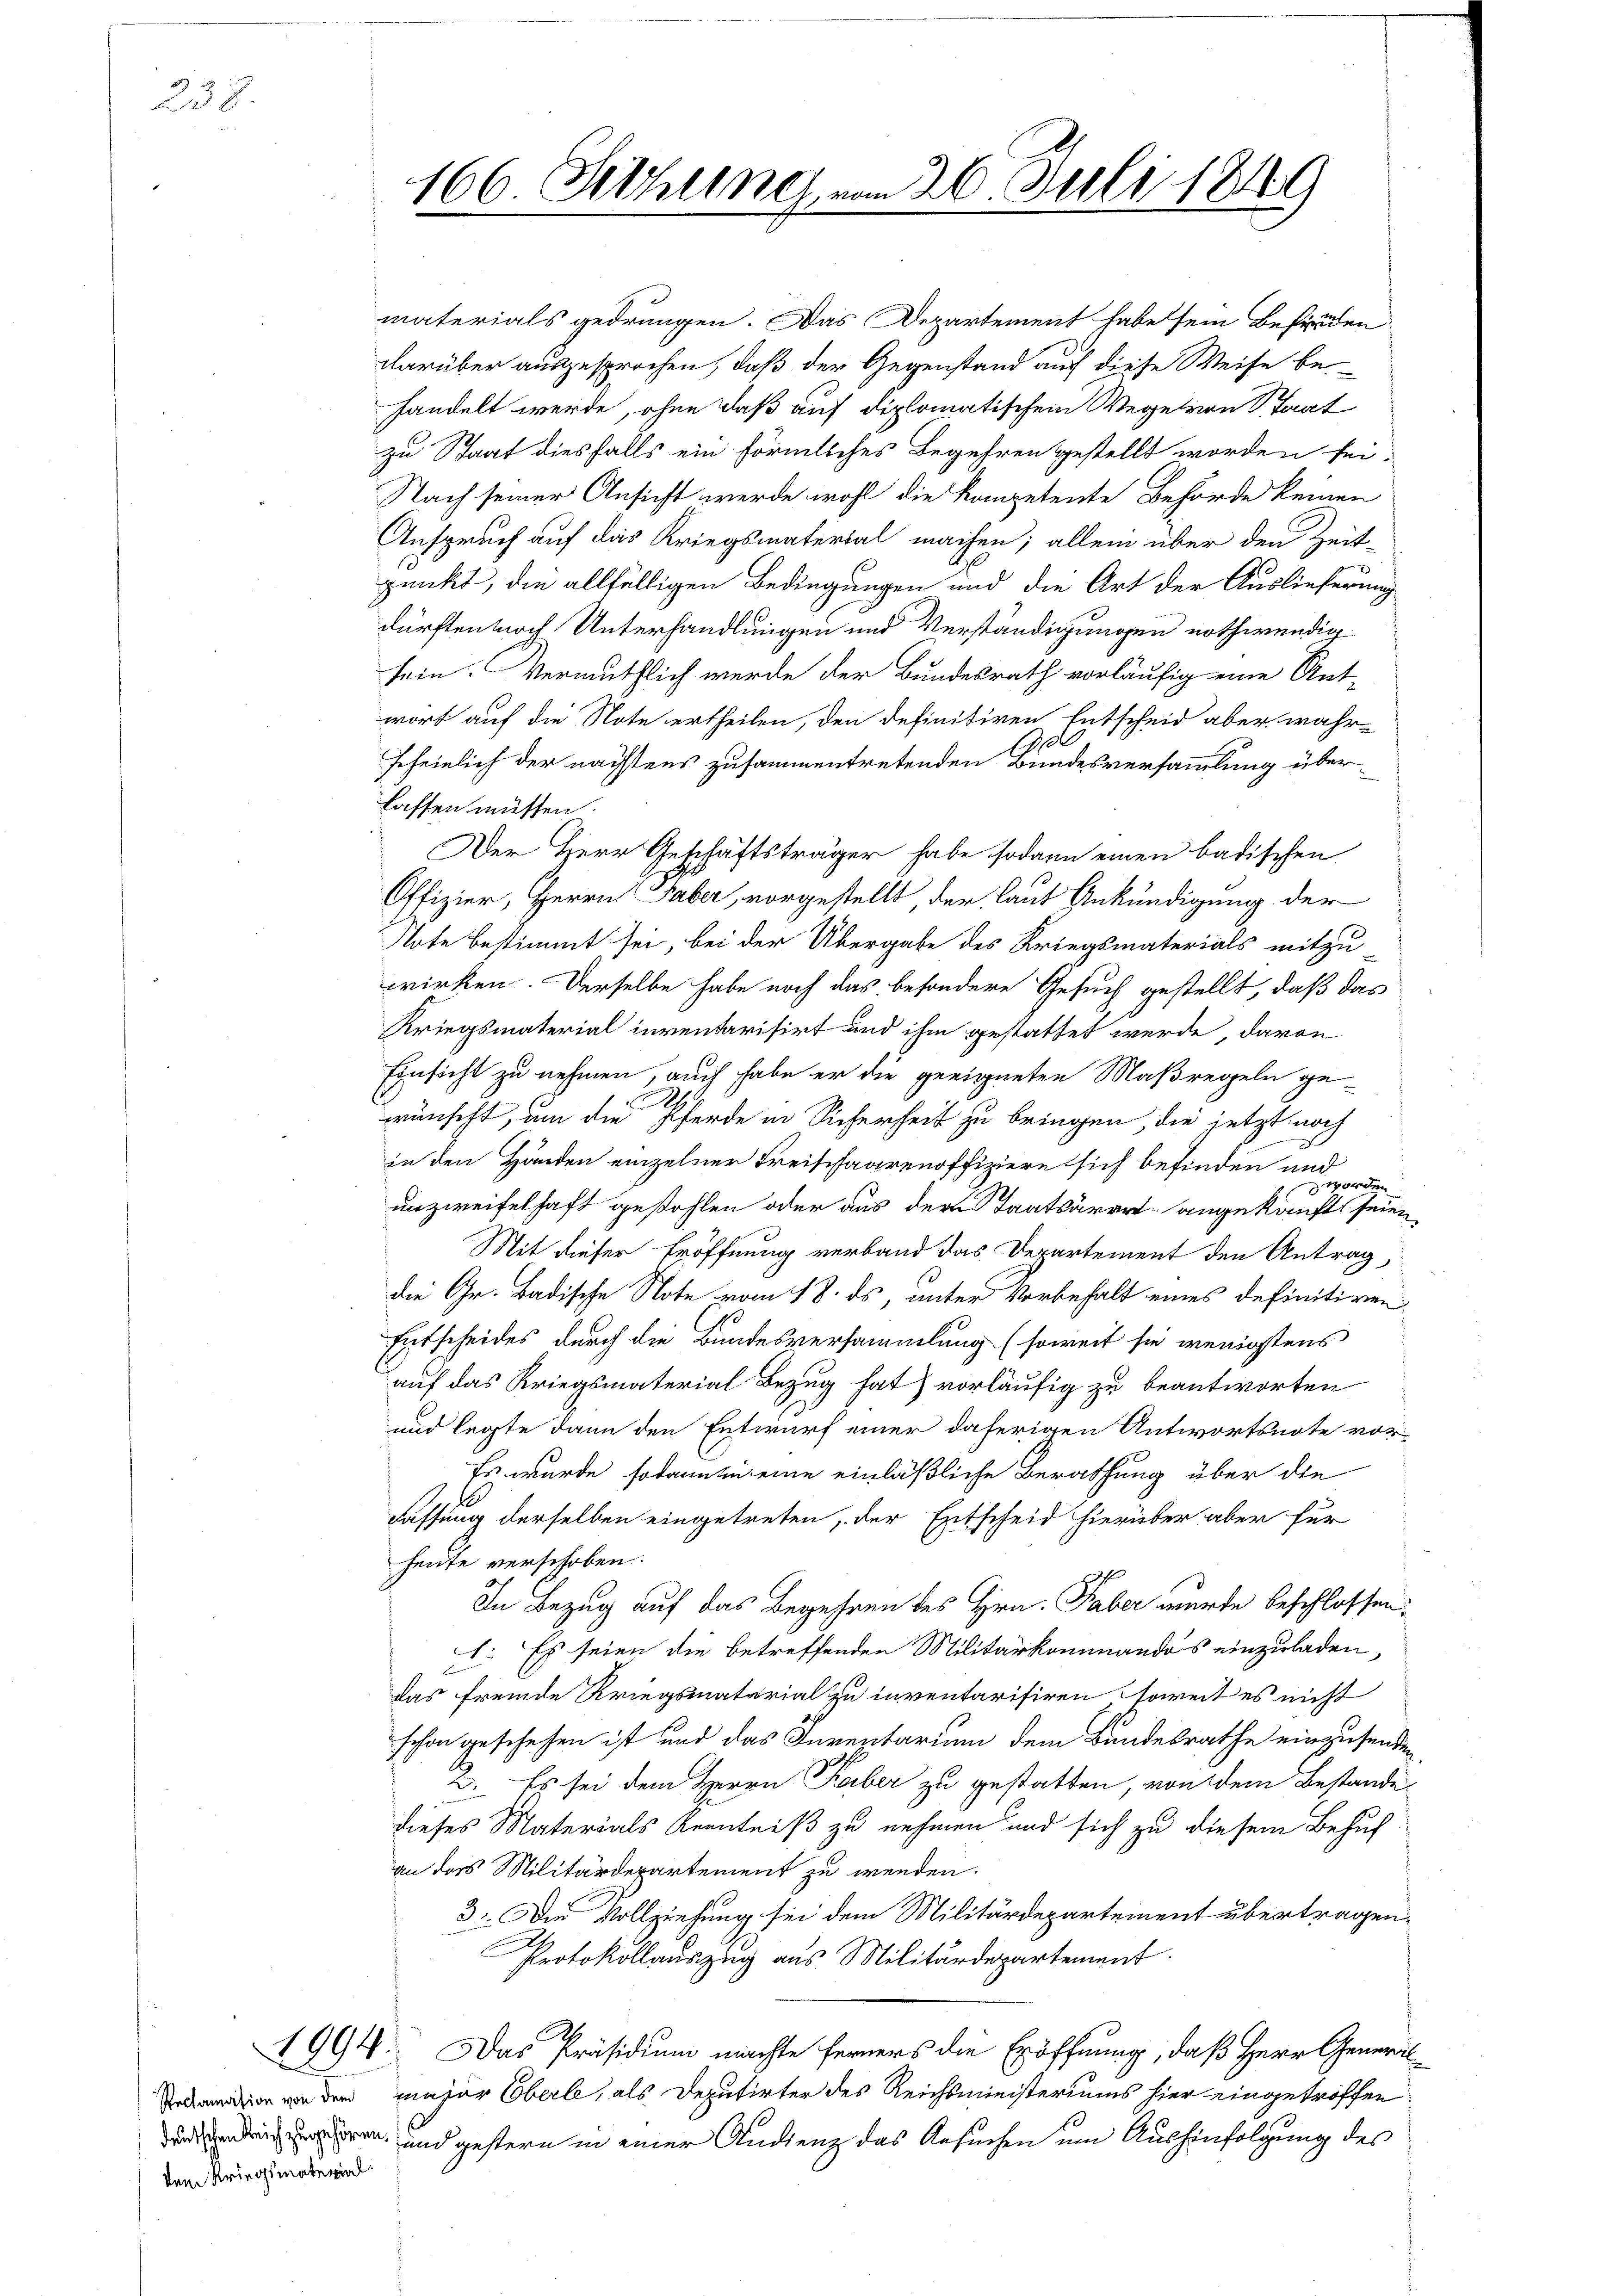
238.

Vom Kriegsmaterial

166. Setzung, in

materials gedrungen. Das Departement habe sein Befriden
darüber ausgesprochen, daß der Gegenstand auf diese Weise behandelt werde, ohne daß auf diplomatischem Wege von Staat
zu Staat diesfalls ein förmliches Begehren gestellt worden sei.
Nach seiner Ansicht werde wohl die Kompetente Behörde keinen
Anspruch auf das Kriegsmaterial machen; allein über den Zeit-
punkt, die allfälligen Bedingungen und die Art der Auslieferung
dürften noch Unterhandlungen und Verständigungen nothwendig
sein. Vermuthlich werde der Bundesrath vorläufig eine Ant-
wort auf die Note ertheilen, den definitiven Entscheid aber wahr-
1
scheinlich der nächstens zusammentretenden Bundesversammlung überlassen müssen.
Der Herr Geschäftsträger habe sodann einen badischen
Offizier, Herrn Faber, vorgestellt, der laut Ankündigung der
Note bestimmt sei, bei der Übergabe des Kriegsmaterials mitzu
wirken. Derselbe habe noch das besondere Gesuch gestellt, daß das
Kriegsmaterial inventarisirt und ihm gestattet werde, davon
Einsicht zu nehmen, auch habe er die geeigneten Maßregeln gewünscht, um die Pferde in Sicherheit zu bringen, die jetzt noch
in den Händen einzelner Freischaarenoffiziere sich befinden und
worden
unzweifelhaft gestohlen oder aus dem Taatärart angekauft seien
Mit dieser Eröffnung verband das Departement den Antrag,
die Gr. Badische Note vom 18. ds, unter Vorbehalt eines definitiven
Entscheides durch die Bundesversammlung (soweit sie wenigstens
auf das Kriegsmaterial Bezug hat) vorläufig zu beantworten
und legte dann den Entwurf einer daherigen Antwortsnote vor¬
Es wurde sodann zu eine einläßliche Berathung über die
fassung derselben eingetreten, der Entscheid hierüber aber für
heite verschoben.
In Bezug auf das Begehren des Hrn. Faber wurde beschlossen:
1. Es seien die betreffenden Militärkommandos einzuladen,
F
das fremde Kriegsmaterial zu inventarisiren soweit es nicht
schon geschehen ist und das Inventarium dem Bundesrathe einzusenden.
2. Es sei dem Herrn Faber zu gestatten, von dem Bestande
dieses Materials Kenntniß zu nehmen und sich zu diesem Behuf
an ders Militärdepartement zu werden.
3. Die Vollziehung sei dem Militärdepartement übertragen¬
Protokollauszug aus Militärdepartement.
1994. Das Präsidium machte ferners die Eröffnung, daß Herr General
ion von den naher Oberle, als Deputirter des Reichsministeriums hier eingetroffen
hren, und gestern in einer Andenz das Gesuchen um Aushinfolgung des

m 26. Juli 1849